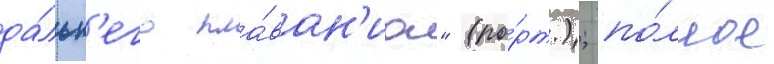
да́льн'его пла́ван'иа" (по́рт.); по́лное